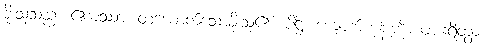
ခိုးသူသည်။ ဧကဿာ၊ တယောက်သောခိုးသူ၏။ ပိဋ္ဌိံ၊ ကျောက်ကုန်းကို။ ပဟရိတွာ၊